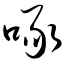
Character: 啄